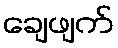
ချေဖျက်